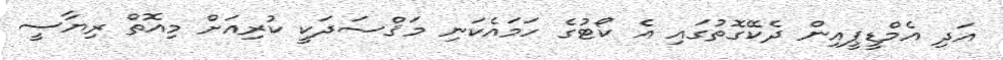
އަދި އެމްޑީޕީއިން ދެކޭގޮތުގައި އެ ކޯޓުގެ ހަމައެކަނި މަޤްސަދަކީ ކުރިއަށް މިއޮތް ރިޔާސީ